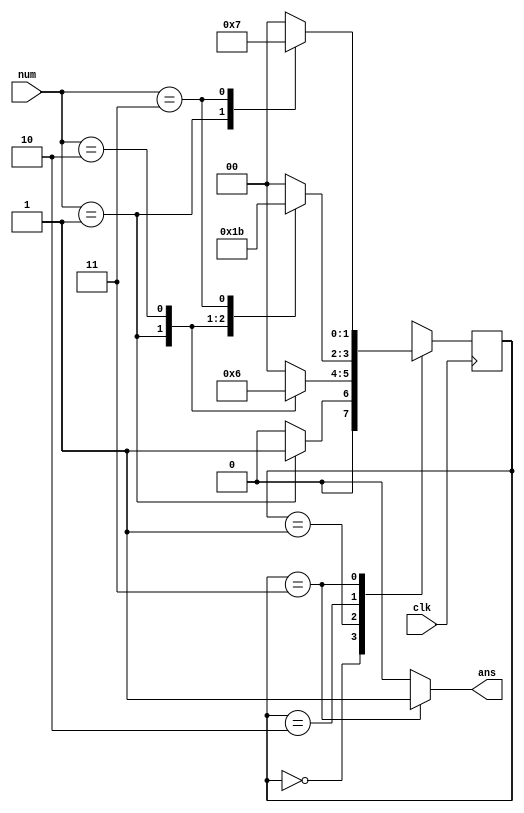
`timescale 1ns / 1ps
//////////////////////////////////////////////////////////////////////////////////
// Company: 
// Engineer: 
// 
// Design Name: 
// Module Name:    counting 
// Project Name: 
// Target Devices: 
// Tool versions: 
// Description: 
//
// Dependencies: 
//
// Revision: 
// Revision 0.01 - File Created
// Additional Comments: 
//
//////////////////////////////////////////////////////////////////////////////////

`define S0 2'b00
`define S1 2'b01
`define S2 2'b10
`define S3 2'b11
module counting(
	input [1:0] num,
	input clk,
	output ans
    );
	reg [1:0] status;
	initial begin
		status<=`S0;
	end
	always@(posedge clk)
	begin
		case(status)
		`S0:begin
			case (num)
			2'b01: status<=`S1;
			2'b10: status<=`S0;
			2'b11: status<=`S0;	
			default: status<=`S0;
			endcase
		end 
		`S1:begin
			case (num)
			2'b01: status<=`S1;
			2'b10: status<=`S2;
			2'b11: status<=`S0;
			default: status<=`S0;
			endcase
		end
		`S2:begin
			case (num)
			2'b01: status<=`S1;
			2'b10: status<=`S2;
			2'b11: status<=`S3;	
			default: status<=`S0;
			endcase
		end
		`S3:begin
			case (num)
			2'b01: status<=`S1;
			2'b10: status<=`S0;
			2'b11: status<=`S3;	
			default: status<=`S0;
			endcase
		end	
		endcase
	end
assign ans=(status==`S3)?1:0;


endmodule